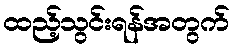
ထည့်သွင်းရန်အတွက်